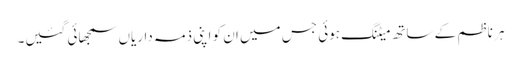
ہر ناظم کے ساتھ میٹنگ ہوئی جس میں ان کو اپنی ذمہ داریاں سمجھائی گئیں۔